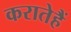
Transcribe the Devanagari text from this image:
करातेहैं